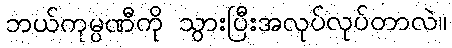
ဘယ်ကုမ္ပဏီကို သွားပြီးအလုပ်လုပ်တာလဲ။